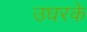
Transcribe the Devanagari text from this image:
उधरके